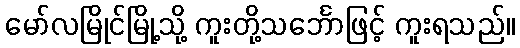
မော်လမြိုင်မြို့သို့ ကူးတို့သင်္ဘောဖြင့် ကူးရသည်။